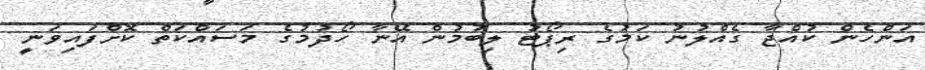
އަންހެން ކުއްޖާ ގެއްލުނު ކަމުގެ ރިޕޯޓު ލިބުމުން އޭނާ ހޯދުމުގެ މަސައްކަތް ކޮށްފައިވަނީ